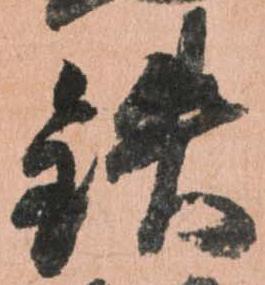
鉄